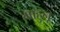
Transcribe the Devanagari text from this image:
माहुनू